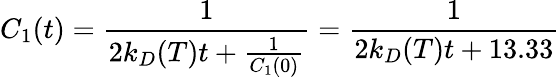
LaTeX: C_{1}(t)=\frac{1}{2k_{D}(T)t+\frac{1}{C_{1}(0)}}=\frac{1}{2k_{D}(T)t+13.33}